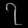
Digit: ၇